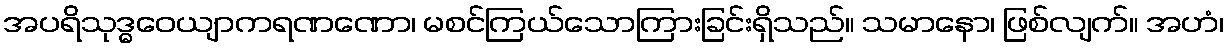
အပရိသုဒ္ဓဝေယျာကရဏဏော၊ မစင်ကြယ်သောကြားခြင်းရှိသည်။ သမာနော၊ ဖြစ်လျက်။ အဟံ၊